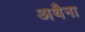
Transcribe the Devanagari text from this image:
अथैना